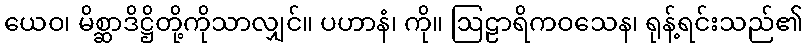
ယေဝ၊ မိစ္ဆာဒိဋ္ဌိတို့ကိုသာလျှင်။ ပဟာနံ၊ ကို။ ဩဠာရိကဝသေန၊ ရုန့်ရင်းသည်၏